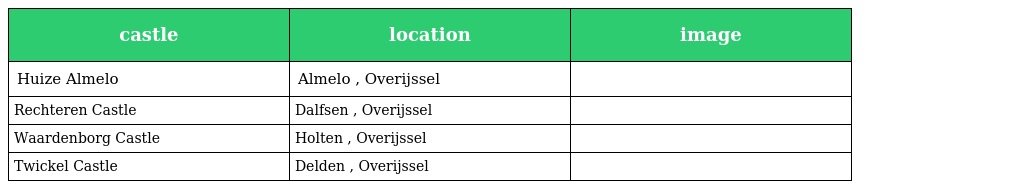
| castle | location | image |
 | --- | --- | --- |
 | Huize Almelo | Almelo , Overijssel |  |
 | Rechteren Castle | Dalfsen , Overijssel |  |
 | Waardenborg Castle | Holten , Overijssel |  |
 | Twickel Castle | Delden , Overijssel |  |